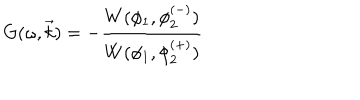
LaTeX: G ( \omega , \vec { k } ) = - \frac { W ( \phi _ { 1 } , \phi _ { 2 } ^ { ( - ) } ) } { W ( \phi _ { 1 } , \phi _ { 2 } ^ { ( + ) } ) }